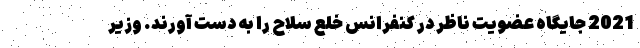
2021 جایگاه عضویت ناظر در کنفرانس خلع سلاح را به دست آورند. وزیر